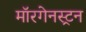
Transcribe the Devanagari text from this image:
मॉरगेनस्ट्रन